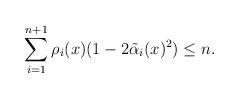
LaTeX: \begin{align*}\sum_{i=1}^{n+1}\rho_i(x)(1-2\tilde{\alpha}_i(x)^2)&\leq n.\end{align*}